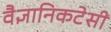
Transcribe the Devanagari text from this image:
वैज्ञानिकटेसी